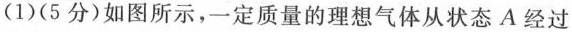
(1)(5分)如图所示，一定质量的理想气体从状态A经过